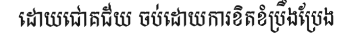
ដោយជោគជ័យ ចប់ដោយការខិតខំប្រឹងប្រែង